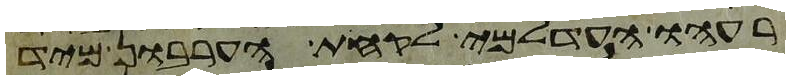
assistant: רעהו העדלמי לקחת הערבון מיד